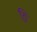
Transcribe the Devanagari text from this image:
ठि